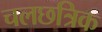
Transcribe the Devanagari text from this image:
चलछत्रिक